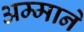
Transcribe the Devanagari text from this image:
अम्माने